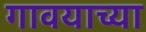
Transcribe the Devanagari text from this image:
गावयाच्या